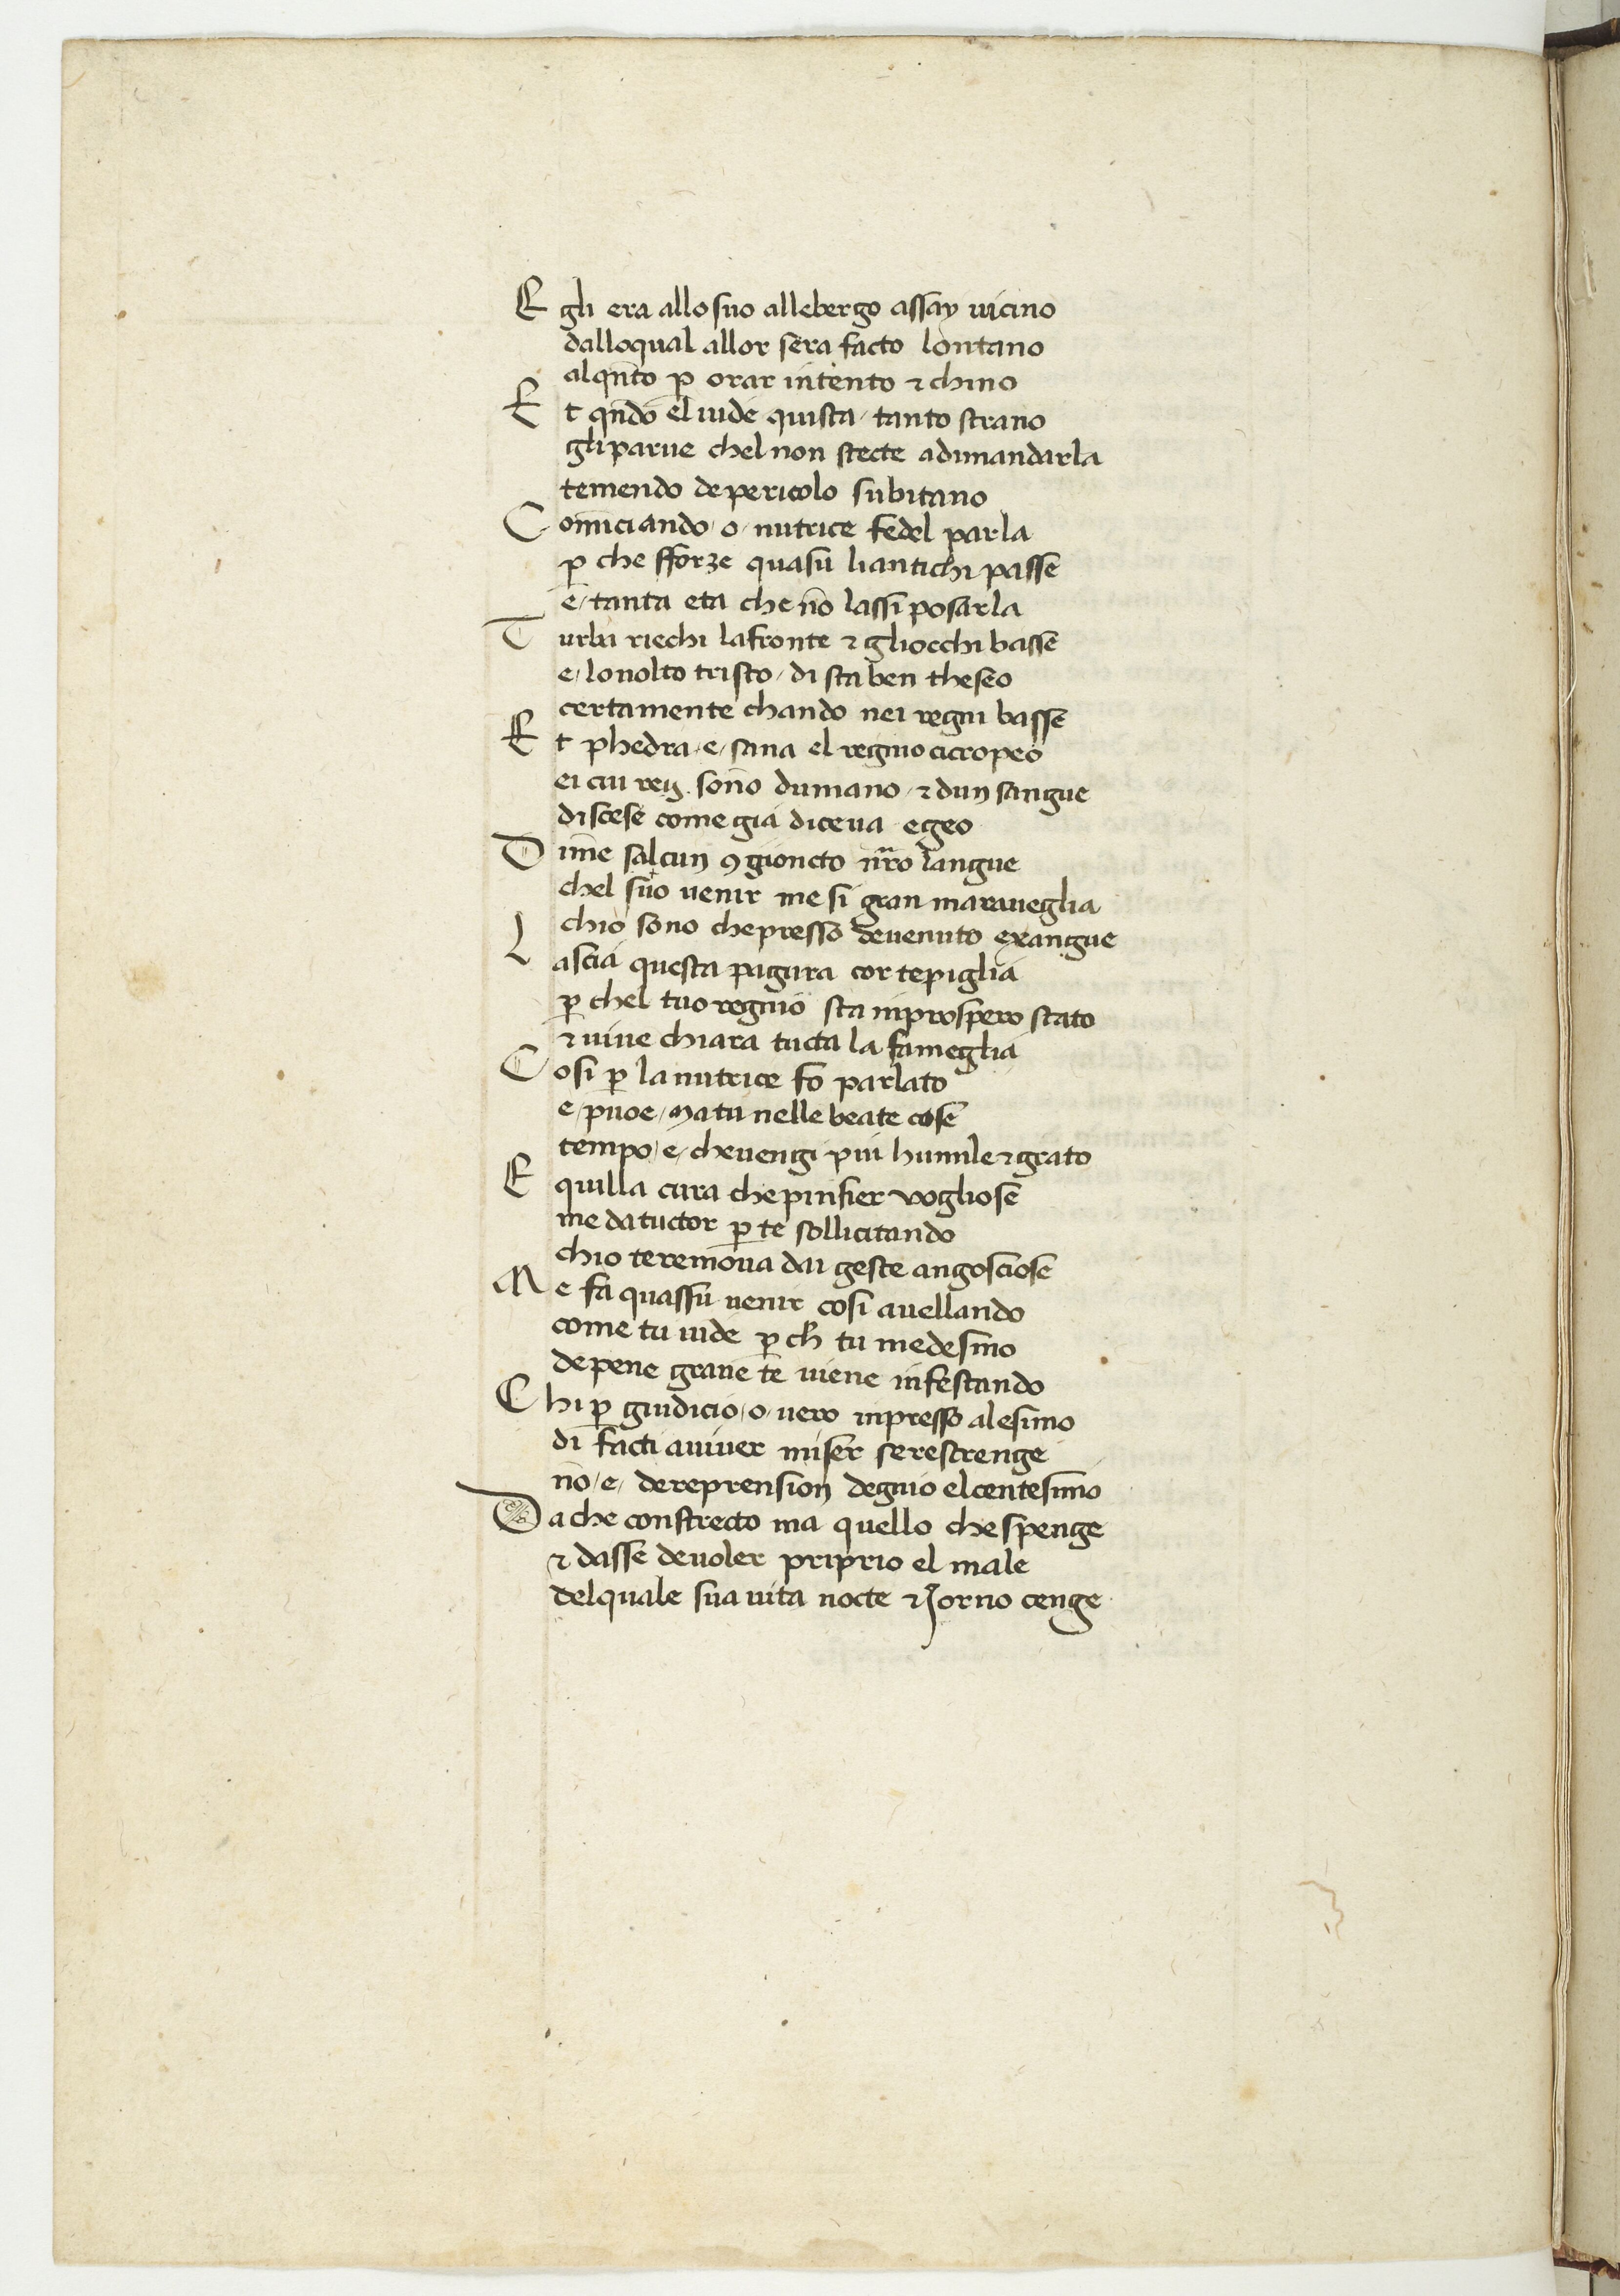
Shelfmark: Paris, BnF, ita. 594
Century: 15